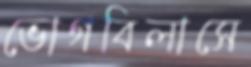
ভোগবিলাসে